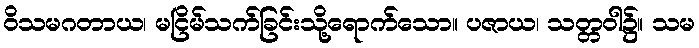
ဝိသမဂတာယ၊ မငြိမ်သက်ခြင်းသို့ရောက်သော။ ပဇာယ၊ သတ္တဝါ၌။ သမ